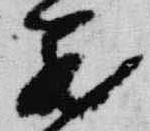
蔵